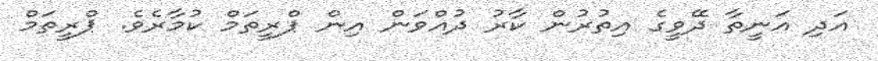
އަދި އަނީތާ ދޭވީގެ އިތުރުން ކާރު ދުއްވަން އިން ޕްރީތަމް ކުމާރެވެ. ޕްރީތަމް